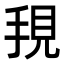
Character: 𭠺